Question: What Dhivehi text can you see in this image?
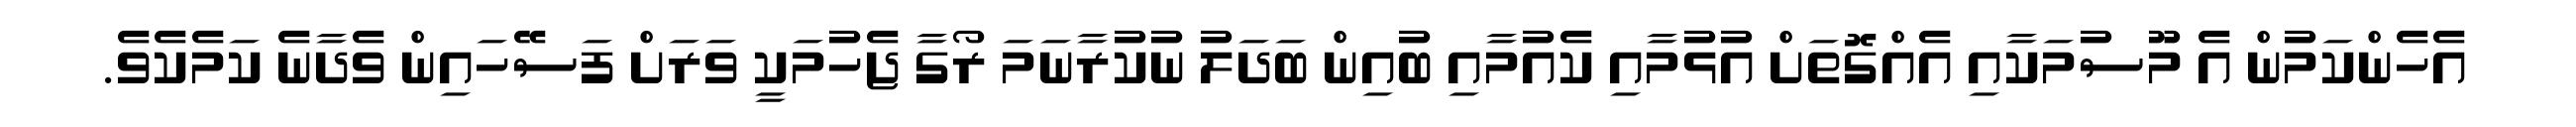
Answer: އެހެންކަމުން އެ މޫސުމަކާއި އެއްގޮތަށް އުޅުމާއި ކެއުމާއި ބުއިން ބަދަލު ނުކުރާނަމަ ރޯގާ ޖެހުމަކީ ވަރަށް ފަސޭހައިން ވެދާނެ ކަމެކެވެ.